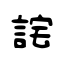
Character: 詫